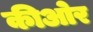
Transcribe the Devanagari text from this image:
कीओर